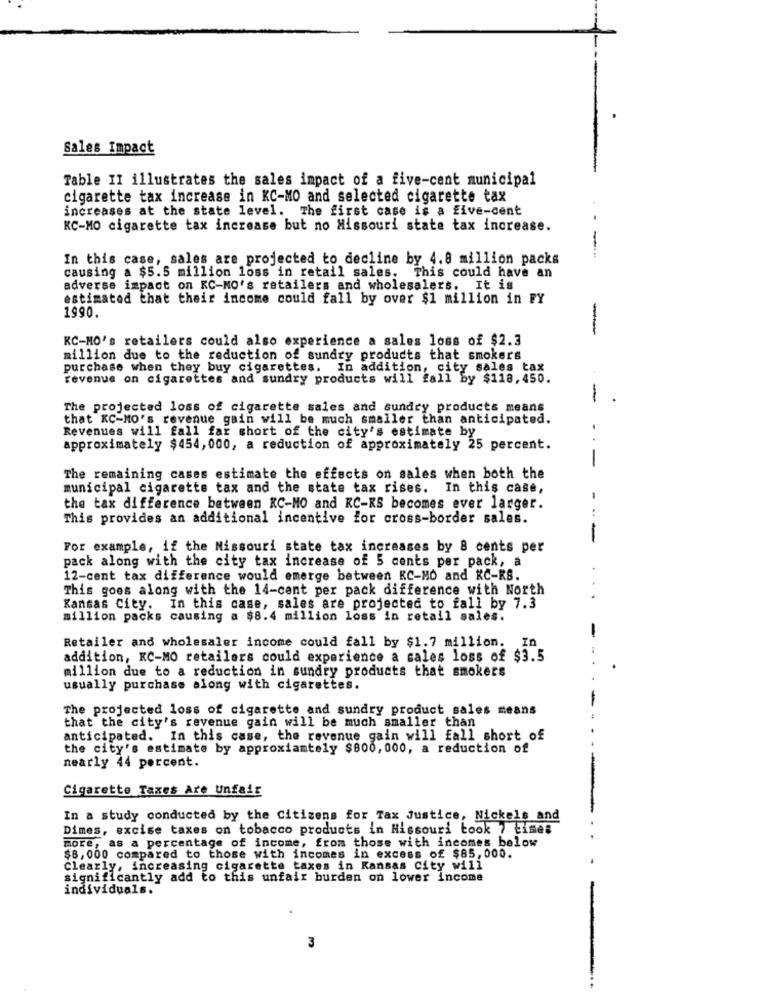
Sales Impact
Table II illustrates the sales impact of a five-cent municipal
cigarette tax increase in KC-MO and selected cigarette tax
increases at the state level. The first case is a five-cent
KC-MO cigarette tax increase but no Missouri state tax increase.
In this case, sales are projected to decline by 4.8 million packs
--
causing a $5.5 million loss in retail sales. This could have an
adverse impact on KC-NO's retailers and wholesalers. It is
estimated that their income could fall by over $1 million in FY
1990.
-
KC-MO's retailers could also experience a sales loss of $2.3
million due to the reduction of sundry products that smokers
purchase when they buy cigarettes. In addition, city sales tax
revenue on cigarettes and sundry products will fall by $118,450.
-
The projected loss of cigarette sales and sundry products means
that KC-MO's revenue gain will be much smaller than anticipated.
Revenues will fall far short of the city's estimate by
approximately $454, 000, a reduction of approximately 25 percent.
-
The remaining cases estimate the effects on sales when both the
municipal cigarette tax and the state tax rises. In this case,
the tax difference between KC-MO and KC-KS becomes ever larger.
This provides an additional incentive for cross-border sales.
-
For example, if the Missouri state tax increases by 8 cents per
pack along with the city tax increase of 5 cents per pack, a
12-cent tax difference would emerge between KC-MO and KC-RS.
This goes along with the 14-cent per pack difference with North
Kansas City. In this case, sales are projected to fall by 7.3
million packs causing a $8.4 million loss in retail sales.
Retailer and wholesaler income could fall by $1.7 million. In
addition, KC-MO retailers could experience a sales loss of $3.5
million due to a reduction in sundry products that smokers
usually purchase along with cigarettes.
The projected loss of cigarette and sundry product sales means
that the city's revenue gain will be much smaller than
anticipated. In this case, the revenue gain will fall short of
the city's estimate by approxiamtely $800, 000, a reduction of
nearly 44 percent.
Cigarette Taxes Are Unfair
In a study conducted by the Citizens for Tax Justice, Nickels and
Dimes, excise taxes on tobacco products in Hissouri took 7 times
more, as a percentage of income, from those with incomes below
$8,000 compared to those with incomes in excess of $85,000.
Clearly, increasing cigarette taxes in Kansas City will
significantly add to this unfair burden on lower income
individuals.
3